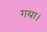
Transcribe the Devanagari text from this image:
गया।